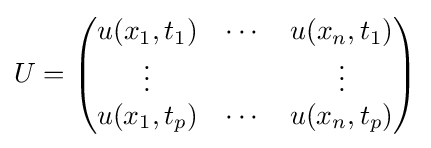
U={\begin{pmatrix}u(x_{1},t_{1})&\cdots &u(x_{n},t_{1})\\\vdots &&\vdots \\u(x_{1},t_{p})&\cdots &u(x_{n},t_{p})\end{pmatrix}}